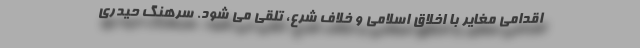
اقدامی مغایر با اخلاق اسلامی و خلاف شرع، تلقی می شود. سرهنگ حیدری